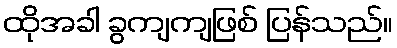
ထိုအခါ ခွကျကျဖြစ် ပြန်သည်။